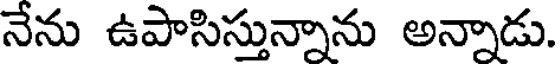
నేను ఉపాసిస్తున్నాను అన్నాడు.